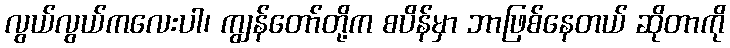
လွယ်လွယ်ကလေးပါ၊ ကျွန်တော်တို့က စပိန်မှာ ဘာဖြစ်နေတယ် ဆိုတာကို